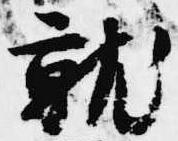
就